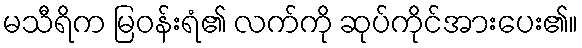
မသီရိက မြဝန်းရံ၏ လက်ကို ဆုပ်ကိုင်အားပေး၏။